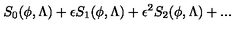
S _ { 0 } ( \phi , \Lambda ) + \epsilon S _ { 1 } ( \phi , \Lambda ) + \epsilon ^ { 2 } S _ { 2 } ( \phi , \Lambda ) + . . .